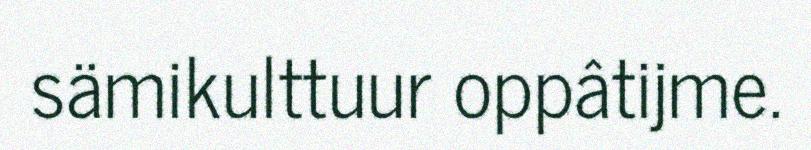
sämikulttuur oppâtijme.